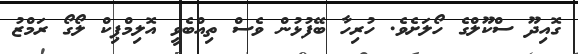
ގޮއިދޫ ސްކޫލްގެ ހޯލަށެވެ. ހުރިހާ ބޭފުޅުން ވެސް ތިއްބެވީ އޮލިމްޕިކް ލޯގޯ ރަމްޒު